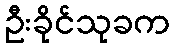
ဦးခိုင်သုခက